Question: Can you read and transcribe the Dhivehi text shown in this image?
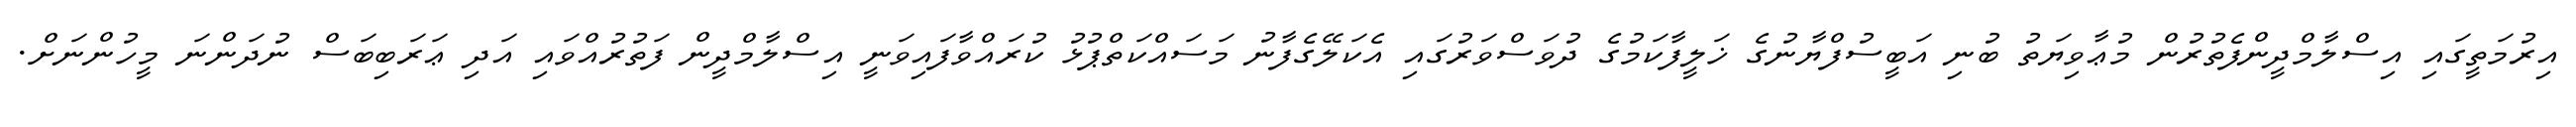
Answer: އިރުމަތީގައި އިސްލާމްދީންފެތުރުން މުޢާވިޔަތު ބުނި އަބީސުފްޔާނުގެ ޚަލީފާކަމުގެ ދުވަސްވަރުގައި އެކަލޭގެފާނު މަސައްކަތްޕުޅު ކުރައްވާފައިވަނީ އިސްލާމްދީން ފަތުރުއްވައި އަދި ޢަރަބިބަސް ނުދަންނަ މީހުންނަށް.